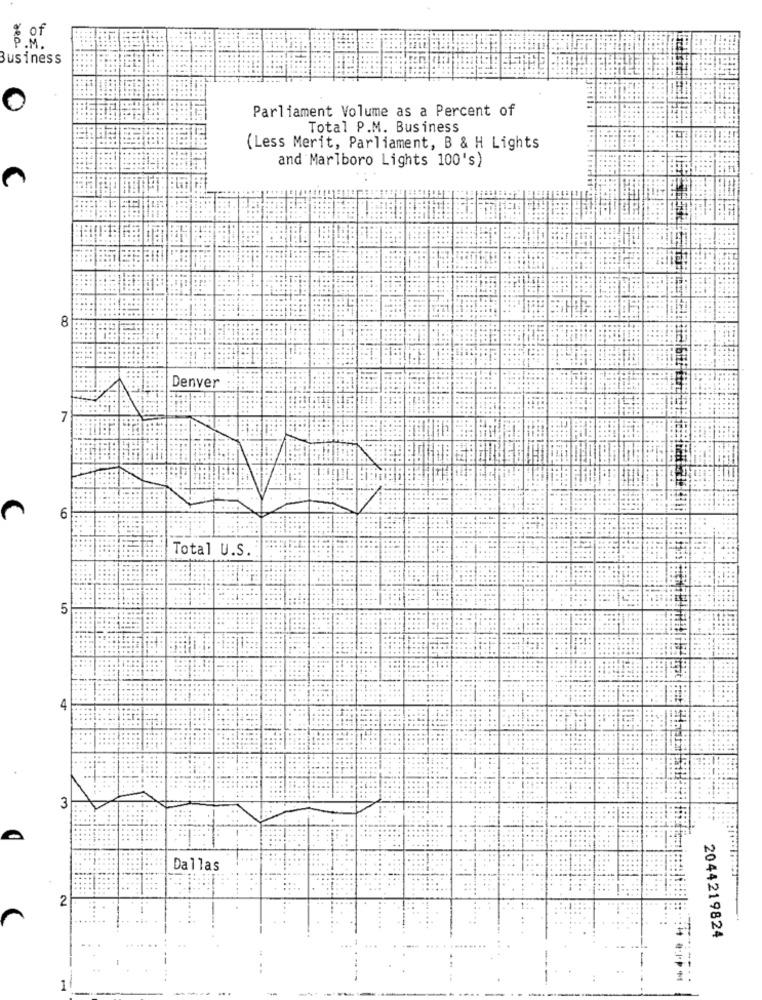
5€
Business
0
Parliament Volume as a Percent of
Total P.M. Business
(Less Merit, Parliament, B & H Lights
and Marlboro Lights 100's)
8
Denver
6
Total U.S.
3
Dallas
2044219824